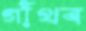
গাঁথব